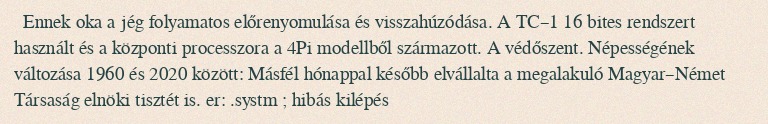
Ennek oka a jég folyamatos előrenyomulása és visszahúzódása. A TC–1 16 bites rendszert használt és a központi processzora a 4Pi modellből származott. A védőszent. Népességének változása 1960 és 2020 között: Másfél hónappal később elvállalta a megalakuló Magyar–Német Társaság elnöki tisztét is. er: .systm ; hibás kilépés